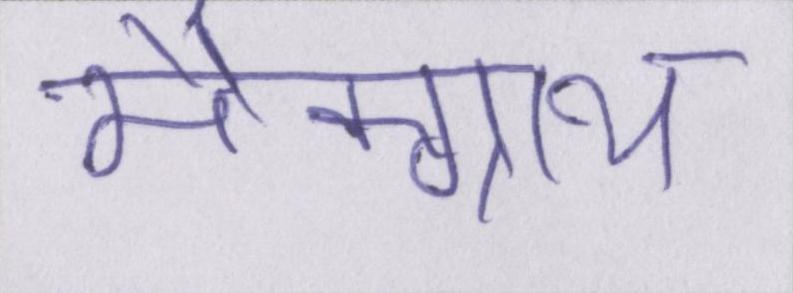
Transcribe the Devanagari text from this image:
मैक्ग्राथ